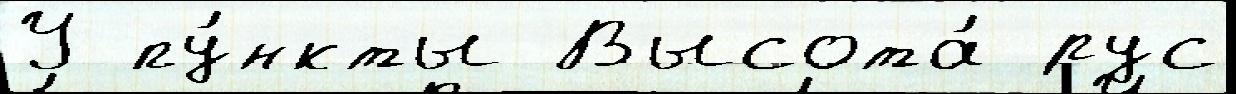
У пу́нкты Высота́ рус